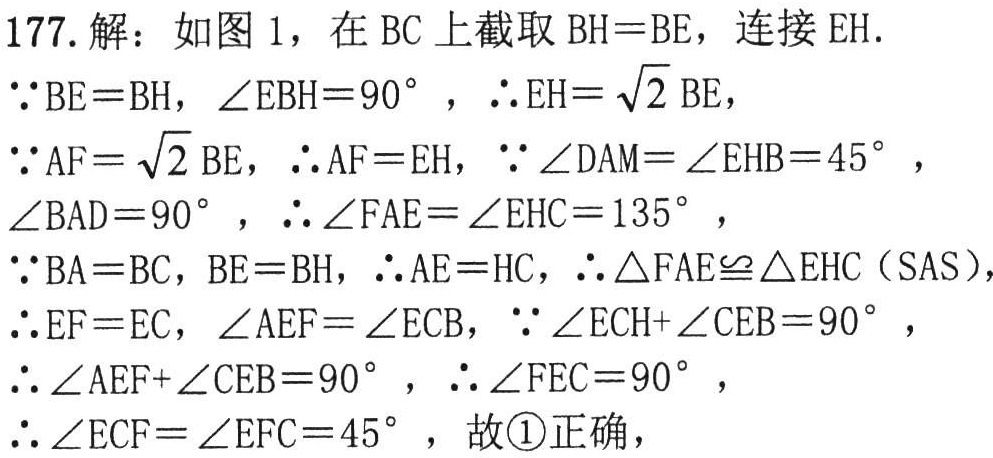
177. 解：如图 1，在 \(BC\) 上截取 \(BH = BE\)，连接 \(EH\).

\(\because BE = BH\)，\(\angle EBH = 90^{\circ}\)，\(\therefore EH=\sqrt{2}BE\)，

\(\because AF=\sqrt{2}BE\)，\(\therefore AF = EH\)，\(\because \angle DAM=\angle EHB = 45^{\circ}\)，

\(\angle BAD = 90^{\circ}\)，\(\therefore \angle FAE=\angle EHC = 135^{\circ}\)，

\(\because BA = BC\)，\(BE = BH\)，\(\therefore AE = HC\)，\(\therefore \triangle FAE\cong\triangle EHC\)（SAS），

\(\therefore EF = EC\)，\(\angle AEF=\angle ECB\)，\(\because \angle ECH+\angle CEB = 90^{\circ}\)，

\(\therefore \angle AEF+\angle CEB = 90^{\circ}\)，\(\therefore \angle FEC = 90^{\circ}\)，

\(\therefore \angle ECF=\angle EFC = 45^{\circ}\)，故\textcircled{1}正确，